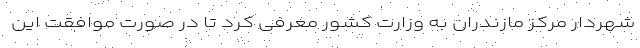
شهردار مرکز مازندران به وزارت کشور معرفی کرد تا در صورت موافقت این